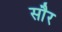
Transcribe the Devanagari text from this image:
साैर